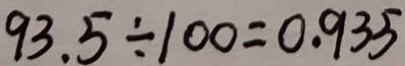
9 3 . 5 \div 1 0 0 = 0 . 9 3 5